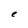
Character: e